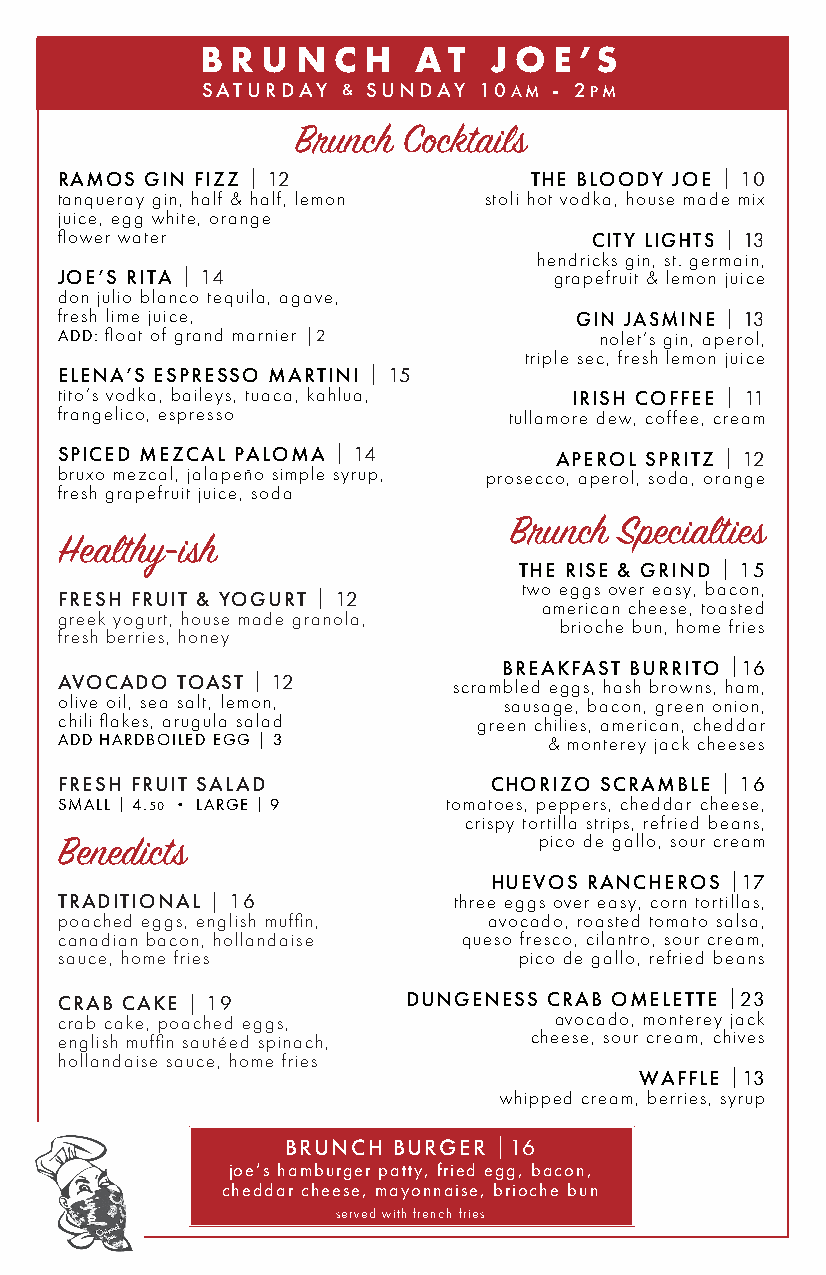
B R U  N C H  A  T J O  E ’S
 SATURDAY  & SUNDAY 10AM - 2PM
 Brunch Cocktails
 RAMOS GIN FIZZ | 12            THE BLOODY JOE | 10
 tanqueray gin, half & half, lemon stoli hot vodka, house made mix
 juice, egg white, orange
 flower water                       CITY LIGHTS | 13
 hendricks gin, st. germain,
 JOE’S RITA | 14                  grapefruit & lemon juice
 don julio blanco tequila, agave,
 fresh lime juice,                 GIN JASMINE | 13
 ADD: float of grand marnier |2      nolet’s gin, aperol,
 triple sec, fresh lemon juice
 ELENA’S ESPRESSO MARTINI | 15
 tito’s vodka, baileys, tuaca, kahlua, IRISH COFFEE | 11
 frangelico, espresso          tullamore dew, coffee, cream
 SPICED MEZCAL PALOMA | 14        APEROL SPRITZ | 12
 bruxo mezcal, jalapeño simple syrup, prosecco, aperol, soda, orange
 fresh grapefruit juice, soda
 Brunch Specialties
 Healthy-ish
 THE RISE & GRIND | 15
 two eggs over easy, bacon,
 FRESH FRUIT & YOGURT | 12
 american cheese, toasted
 greek yogurt, house made granola,
 brioche bun, home fries
 fresh berries, honey
 BREAKFAST BURRITO |16
 AVOCADO TOAST | 12        scrambled eggs, hash browns, ham,
 olive oil, sea salt, lemon,  sausage, bacon, green onion,
 chili flakes, arugula salad green chilies, american, cheddar
 ADD HARDBOILED EGG | 3          & monterey jack cheeses
 FRESH FRUIT SALAD           CHORIZO SCRAMBLE | 16
 SMALL | 4.50 · LARGE | 9  tomatoes, peppers, cheddar cheese,
 crispy tortilla strips, refried beans,
 pico de gallo, sour cream
 Benedicts
 HUEVOS RANCHEROS |17
 TRADITIONAL | 16          three eggs over easy, corn tortillas,
 poached eggs, english muffin, avocado, roasted tomato salsa,
 canadian bacon, hollandaise queso fresco, cilantro, sour cream,
 sauce, home fries             pico de gallo, refried beans
 CRAB CAKE | 19         DUNGENESS CRAB OMELETTE |23
 crab cake, poached eggs,         avocado, monterey jack
 english muffin sautéed spinach, cheese, sour cream, chives
 hollandaise sauce, home fries
 WAFFLE |13
 whipped cream, berries, syrup
 BRUNCH BURGER |16
 joe’s hamburger patty, fried egg, bacon,
 cheddar cheese, mayonnaise, brioche bun
 served with french fries